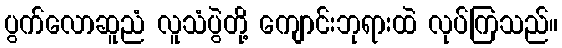
ပွက်လောဆူညံ လူသံပွဲတို့ ကျောင်းဘုရားထဲ လုပ်ကြသည်။